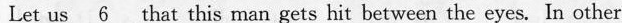
Let us \underline{6} that this man gets hit between the eyes. In other